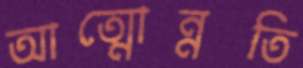
আত্মোন্নতি